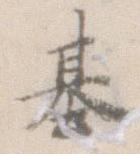
基